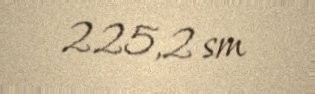
225,2 sm